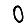
Digit: 0